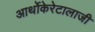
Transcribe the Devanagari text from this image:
आर्थोकेरेटालाजी